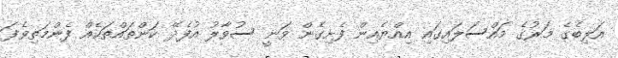
އަލިބެގެ މަރުގެ މައްސަލައިގައި އިއްޔެއިން ފެށިގެން ވަނީ ސުވާލު އުފެދޭ ކަންތައްތަކެއް ފެންމަތިވެފަ